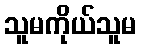
သူမကိုယ်သူမ